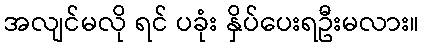
အလျင်မလို ရင် ပခုံး နှိပ်ပေးရဦးမလား။